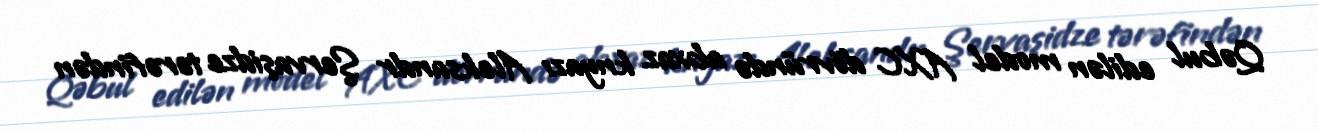
Qəbul edilən model AXC dövründə abxaz knyazı Aleksandr Şervaşidze tərəfindən